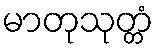
မာတုသုတ္တံ